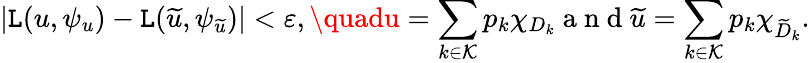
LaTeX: \left|\mathtt{L}(u,\psi_{u})-\mathtt{L}(\widetilde{{u}},\psi_{\widetilde{{u}}})\right|<\varepsilon,\quadu=\sum_{k\in\mathcal{K}}p_{k}\chi_{D_{k}}\mathrm{{~a~n~d~}}\widetilde{{u}}=\sum_{k\in\mathcal{K}}p_{k}\chi_{\widetilde{{D}}_{k}}.